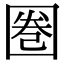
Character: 圏